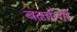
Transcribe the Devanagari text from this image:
बढ़ाएँगी